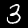
Label: 3